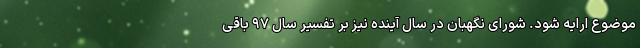
موضوع ارایه شود. شورای نگهبان در سال آینده نیز بر تفسیر سال ۹۷ باقی